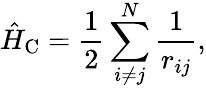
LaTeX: \hat{H}_{\mathrm{C}}=\frac{1}{2}\sum_{i\neq j}^{N}\frac{1}{r_{ij}},